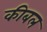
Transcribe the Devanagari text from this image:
कीबल